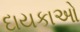
દાયકાઓ